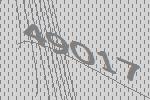
49017